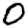
Digit: 0